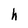
Character: h